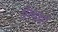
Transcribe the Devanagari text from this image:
गैलार्डो